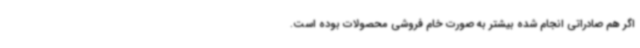
اگر هم صادراتی انجام شده بیشتر به صورت خام فروشی محصولات بوده است.